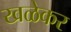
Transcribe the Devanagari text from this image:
खळेकर